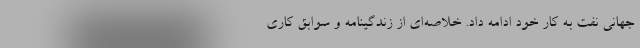
جهانی نفت به کار خود ادامه داد. خلاصه‌ای از زندگینامه و سوابق کاری